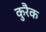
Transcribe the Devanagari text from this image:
कुरैक